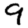
Digit: 9